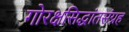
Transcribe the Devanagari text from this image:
गोरक्षसिद्धांतसंग्रह